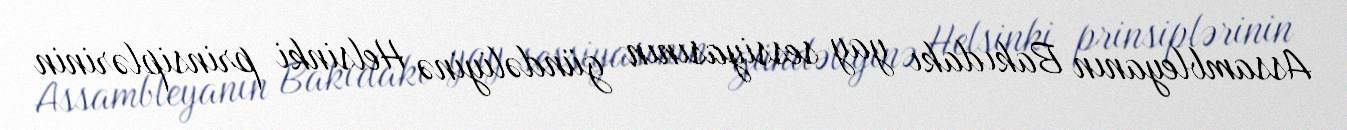
Assambleyanın Bakıdakı yay sessiyasının gündəliyinə Helsinki prinsiplərinin